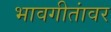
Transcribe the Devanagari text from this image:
भावगीतांवर